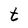
Character: t